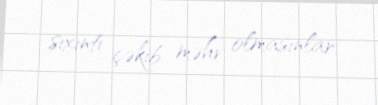
sıxıntı çəkib məhv olmasınlar.